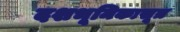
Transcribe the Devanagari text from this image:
दशभूमिकासूत्र